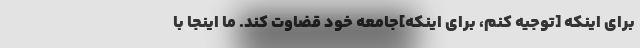
برای اینکه [توجیه کنم، برای اینکه]جامعه خود قضاوت کند. ما اینجا با